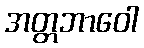
အတ္တဘာဝေါ